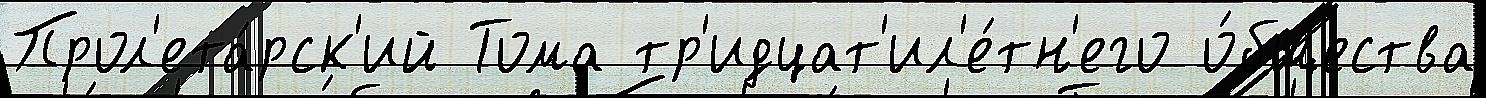
Прол'ета́рск'ий Тома тр'идцат'ил'е́тн'его о́бщества